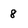
Character: 8